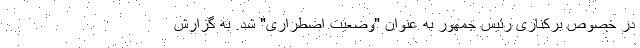
در خصوص برکناری رئیس جمهور به عنوان "وضعیت اضطراری" شد. به گزارش